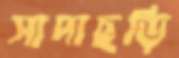
সাদাছড়ি